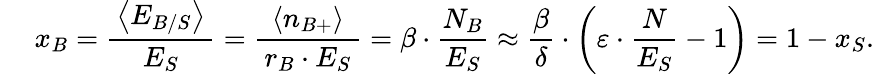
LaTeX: \quad\: x_{B}=\frac{\, \left<E_{B/S}\right>\, }{E_{S}}=\frac{\left<n_{B+}\right>}{\, r_{B}\cdot E_{S}\, }=\beta\cdot\frac{N_{B}}{E_{S}}\approx\frac{\beta}{\delta}\cdot\left(\varepsilon\cdot\frac{N}{E_{S}}-1\right)=1-x_{S}.